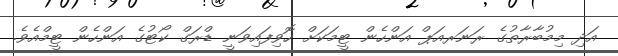
އަދި މިމުބާރާތުގެ ރަނަރއަޕް އަންހެން ޓީމަކަށް ހޮވިފައިވަނީ ޑްރަގް ކޯޓުގެ އަންހެން ޓީމްއެވެ.